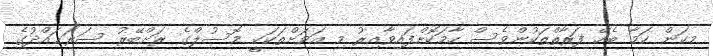
މިކަން ކަމާ ބެހޭ ފަރާތްތަކުންވެސް ހާމަކޮށްފައިވާއިރު މި އަވަށްތަކަކީ މޮސުލްގެ ރަށްބޭރު ސަރަޙައްދުގެ